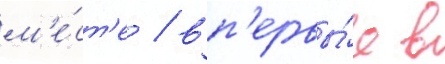
м'е́ст'е / вп'ервы́е в